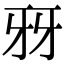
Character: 𤘆